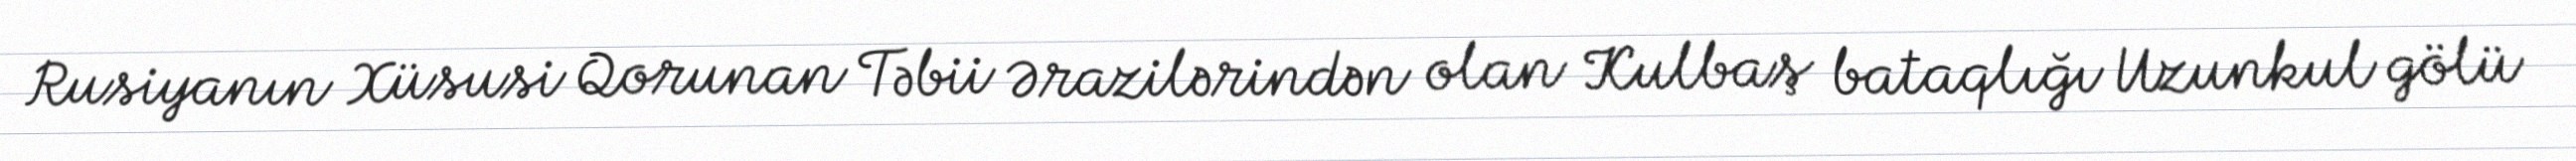
Rusiyanın Xüsusi Qorunan Təbii Ərazilərindən olan Kulbaş bataqlığı Uzunkul gölü